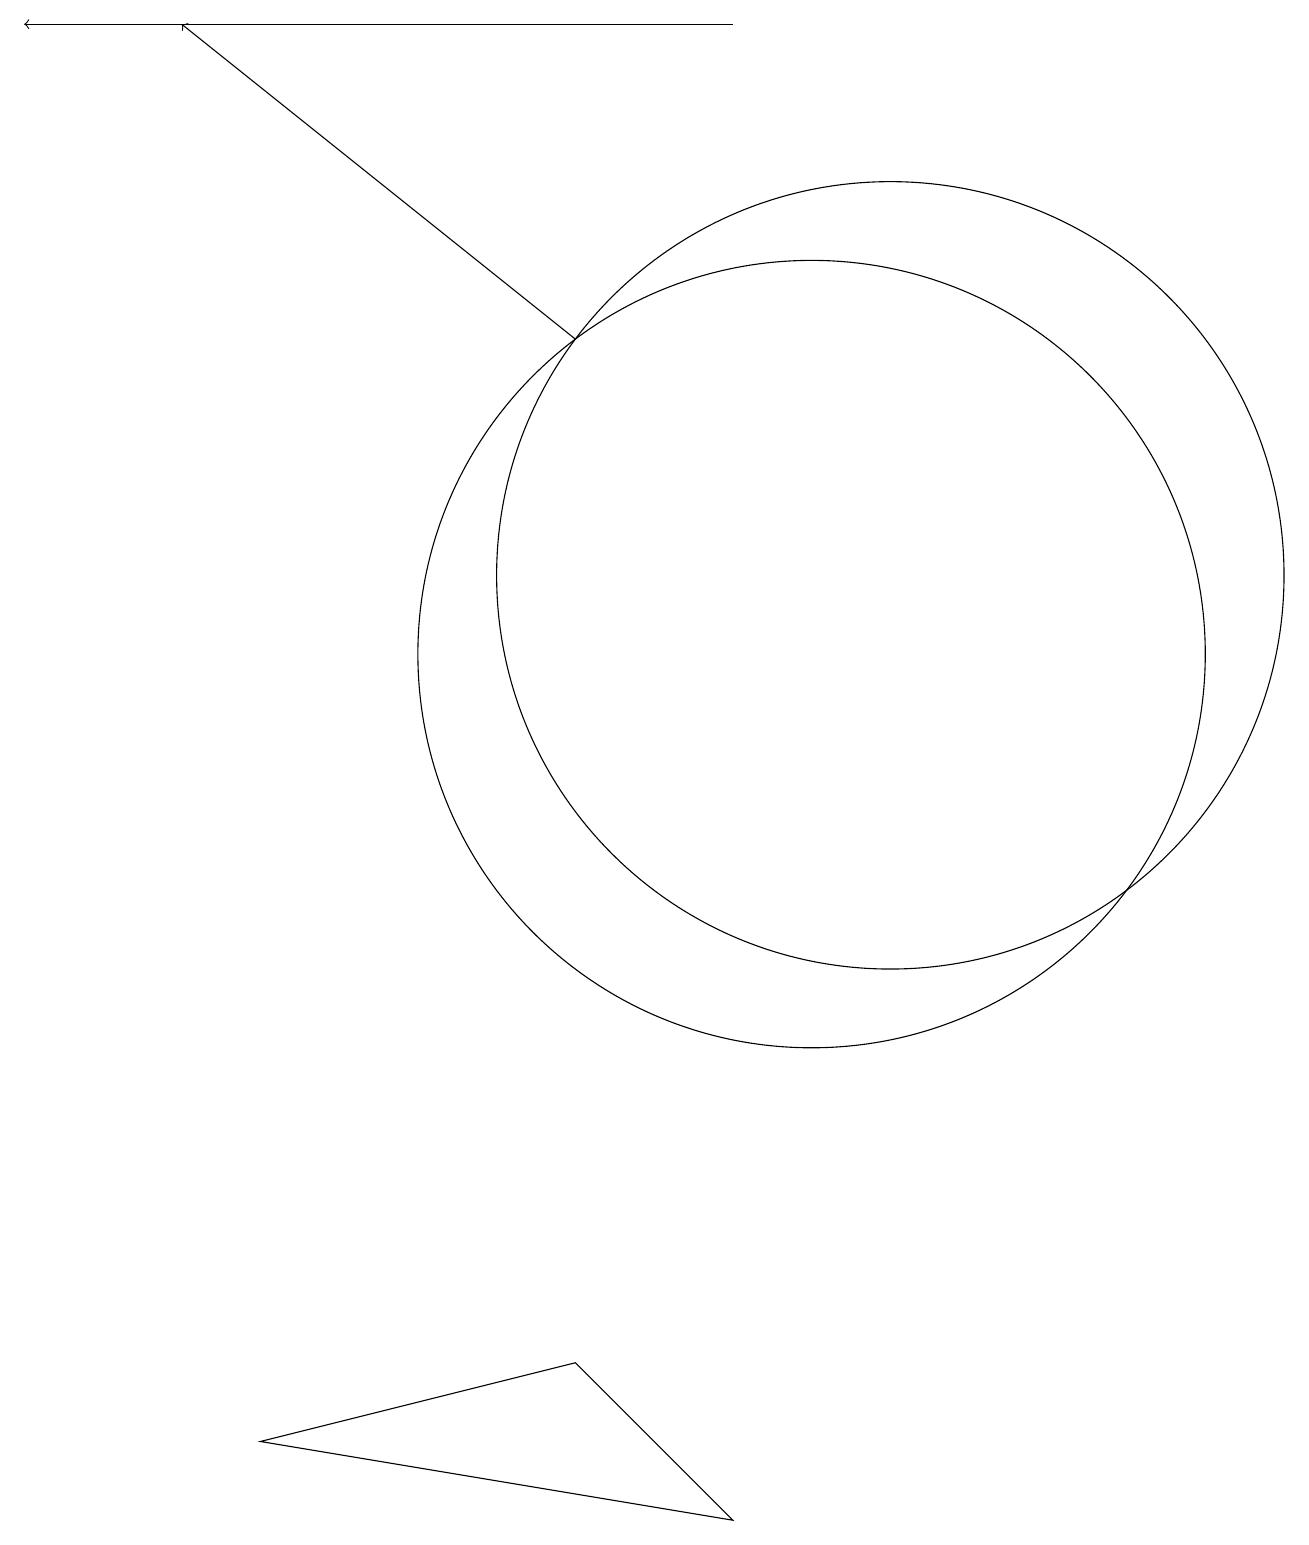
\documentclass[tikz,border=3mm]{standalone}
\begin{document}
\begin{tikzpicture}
\draw (10,11) circle (5);
\draw[->] (7,15) -- (2,19);
\draw (11,12) circle (5);
\draw (7,2) -- (9,0) -- (3,1) -- cycle;
\draw[->] (9,19) -- (0,19);
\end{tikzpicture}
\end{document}